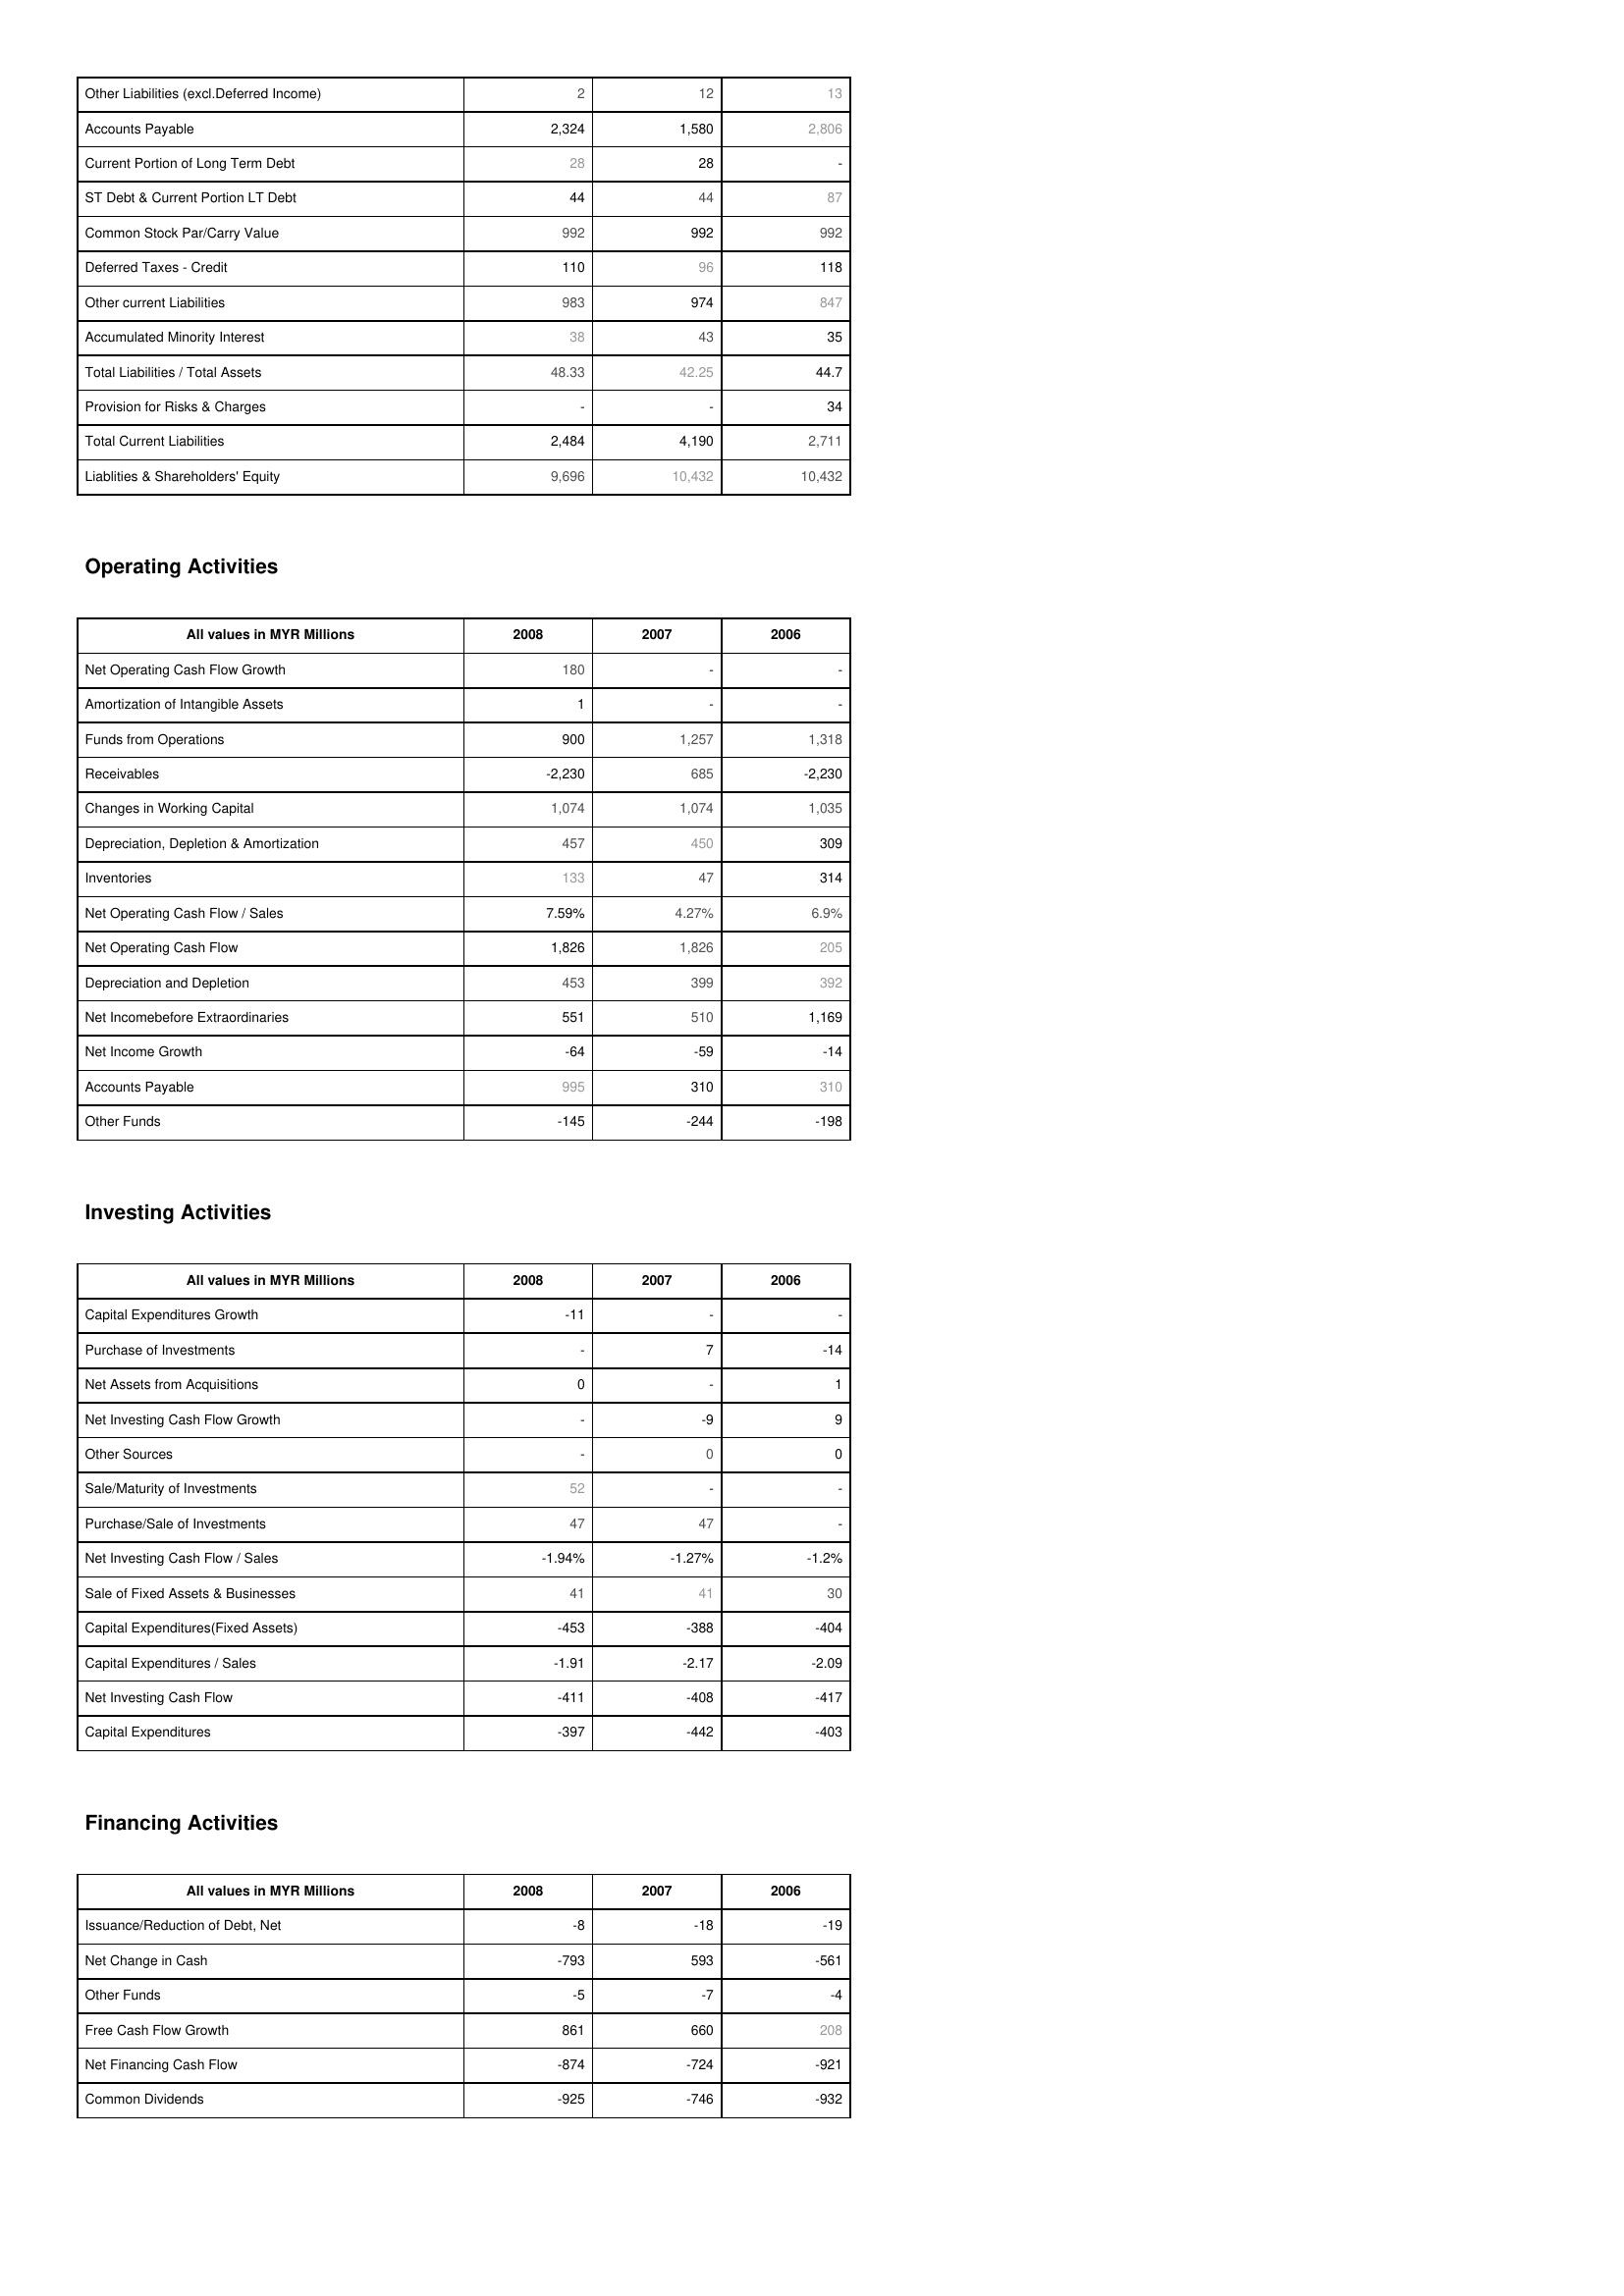
2008: Liabilities & Shareholder's Equity: Other Liabilities (excl.Deferred Income): 2
Accounts Payable: 2,324
Current Portion of Long Term Debt: 28
ST Debt & Current Portion LT Debt: 44
Common Stock Par/Carry Value: 992
Deferred Taxes - Credit: 110
Other current Liabilities: 983
Accumulated Minority Interest: 38
Total Liabilities / Total Assets: 48.33
Provision for Risks & Charges: -
Total Current Liabilities: 2,484
Liablities & Shareholders' Equity: 9,696
Operating Activities: Net Operating Cash Flow Growth: 180
Amortization of Intangible Assets: 1
Funds from Operations: 900
Receivables: -2,230
Changes in Working Capital: 1,074
Depreciation, Depletion & Amortization: 457
Inventories: 133
Net Operating Cash Flow / Sales: 7.59%
Net Operating Cash Flow: 1,826
Depreciation and Depletion: 453
Net Incomebefore Extraordinaries: 551
Net Income Growth: -64
Accounts Payable: 995
Other Funds: -145
Investing Activities: Capital Expenditures Growth: -11
Purchase of Investments: -
Net Assets from Acquisitions: 0
Net Investing Cash Flow Growth: -
Other Sources: -
Sale/Maturity of Investments: 52
Purchase/Sale of Investments: 47
Net Investing Cash Flow / Sales: -1.94%
Sale of Fixed Assets & Businesses: 41
Capital Expenditures(Fixed Assets): -453
Capital Expenditures / Sales: -1.91
Net Investing Cash Flow: -411
Capital Expenditures: -397
Financing Activities: Issuance/Reduction of Debt, Net: -8
Net Change in Cash: -793
Other Funds: -5
Free Cash Flow Growth: 861
Net Financing Cash Flow: -874
Common Dividends: -925
2007: Liabilities & Shareholder's Equity: Other Liabilities (excl.Deferred Income): 12
Accounts Payable: 1,580
Current Portion of Long Term Debt: 28
ST Debt & Current Portion LT Debt: 44
Common Stock Par/Carry Value: 992
Deferred Taxes - Credit: 96
Other current Liabilities: 974
Accumulated Minority Interest: 43
Total Liabilities / Total Assets: 42.25
Provision for Risks & Charges: -
Total Current Liabilities: 4,190
Liablities & Shareholders' Equity: 10,432
Operating Activities: Net Operating Cash Flow Growth: -
Amortization of Intangible Assets: -
Funds from Operations: 1,257
Receivables: 685
Changes in Working Capital: 1,074
Depreciation, Depletion & Amortization: 450
Inventories: 47
Net Operating Cash Flow / Sales: 4.27%
Net Operating Cash Flow: 1,826
Depreciation and Depletion: 399
Net Incomebefore Extraordinaries: 510
Net Income Growth: -59
Accounts Payable: 310
Other Funds: -244
Investing Activities: Capital Expenditures Growth: -
Purchase of Investments: 7
Net Assets from Acquisitions: -
Net Investing Cash Flow Growth: -9
Other Sources: 0
Sale/Maturity of Investments: -
Purchase/Sale of Investments: 47
Net Investing Cash Flow / Sales: -1.27%
Sale of Fixed Assets & Businesses: 41
Capital Expenditures(Fixed Assets): -388
Capital Expenditures / Sales: -2.17
Net Investing Cash Flow: -408
Capital Expenditures: -442
Financing Activities: Issuance/Reduction of Debt, Net: -18
Net Change in Cash: 593
Other Funds: -7
Free Cash Flow Growth: 660
Net Financing Cash Flow: -724
Common Dividends: -746
2006: Liabilities & Shareholder's Equity: Other Liabilities (excl.Deferred Income): 13
Accounts Payable: 2,806
Current Portion of Long Term Debt: -
ST Debt & Current Portion LT Debt: 87
Common Stock Par/Carry Value: 992
Deferred Taxes - Credit: 118
Other current Liabilities: 847
Accumulated Minority Interest: 35
Total Liabilities / Total Assets: 44.7
Provision for Risks & Charges: 34
Total Current Liabilities: 2,711
Liablities & Shareholders' Equity: 10,432
Operating Activities: Net Operating Cash Flow Growth: -
Amortization of Intangible Assets: -
Funds from Operations: 1,318
Receivables: -2,230
Changes in Working Capital: 1,035
Depreciation, Depletion & Amortization: 309
Inventories: 314
Net Operating Cash Flow / Sales: 6.9%
Net Operating Cash Flow: 205
Depreciation and Depletion: 392
Net Incomebefore Extraordinaries: 1,169
Net Income Growth: -14
Accounts Payable: 310
Other Funds: -198
Investing Activities: Capital Expenditures Growth: -
Purchase of Investments: -14
Net Assets from Acquisitions: 1
Net Investing Cash Flow Growth: 9
Other Sources: 0
Sale/Maturity of Investments: -
Purchase/Sale of Investments: -
Net Investing Cash Flow / Sales: -1.2%
Sale of Fixed Assets & Businesses: 30
Capital Expenditures(Fixed Assets): -404
Capital Expenditures / Sales: -2.09
Net Investing Cash Flow: -417
Capital Expenditures: -403
Financing Activities: Issuance/Reduction of Debt, Net: -19
Net Change in Cash: -561
Other Funds: -4
Free Cash Flow Growth: 208
Net Financing Cash Flow: -921
Common Dividends: -932